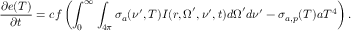
\frac { \partial e ( T ) } { \partial t } = c f \left( \int _ { 0 } ^ { \infty } \int _ { 4 \pi } \sigma _ { a } ( \nu ^ { \prime } , T ) I ( \boldsymbol { r } , \boldsymbol { \Omega } ^ { \prime } , \nu ^ { \prime } , t ) \boldsymbol { d \Omega } ^ { \prime } d \nu ^ { \prime } - \sigma _ { a , p } ( T ) a T ^ { 4 } \right) .